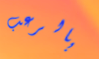
بالرعب